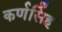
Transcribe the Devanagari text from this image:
कर्णसिँह